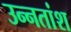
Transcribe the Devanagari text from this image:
उन्‍नतांश